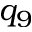
q _ { 9 }